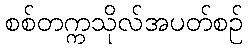
စစ်တက္ကသိုလ်အပတ်စဉ်